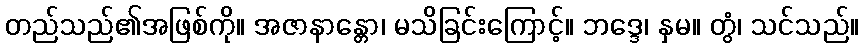
တည်သည်၏အဖြစ်ကို။ အဇာနာန္တော၊ မသိခြင်းကြောင့်။ ဘဒ္ဒေ၊ နှမ။ တွံ၊ သင်သည်။